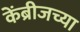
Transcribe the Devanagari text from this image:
केंब्रीजच्या